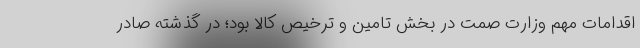
اقدامات مهم وزارت صمت در بخش تامین و ترخیص کالا بود؛ در گذشته صادر